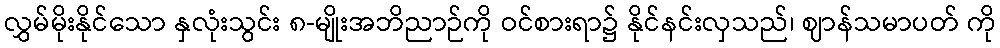
လွှမ်မိုးနိုင်သော နှလုံးသွင်း ၈-မျိုးအဘိညာဉ်ကို ဝင်စားရာ၌ နိုင်နင်းလှသည်၊ ဈာန်သမာပတ် ကို